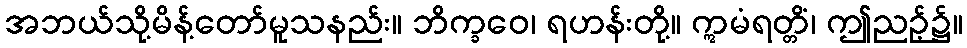
အဘယ်သို့မိန့်တော်မူသနည်း။ ဘိက္ခဝေ၊ ရဟန်းတို့။ ဣမံရတ္တိံ၊ ဤညဉ့်၌။